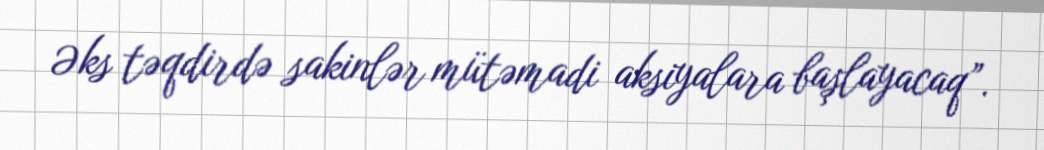
Əks təqdirdə sakinlər mütəmadi aksiyalara başlayacaq”.